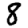
Digit: 8